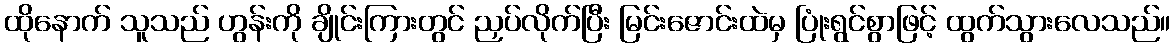
ထိုနောက် သူသည် ဟွန်းကို ချိုင်းကြားတွင် ညှပ်လိုက်ပြီး မြင်းဇောင်းထဲမှ ပြုံးရွင်စွာဖြင့် ထွက်သွားလေသည်။